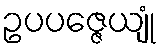
ဥပပဇ္ဇေယျုံ